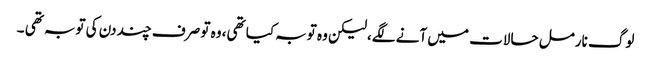
لوگ نارمل حالات میں آنے لگے،لیکن وہ توبہ کیا تھی، وہ تو صرف چند دن کی توبہ تھی ۔